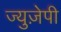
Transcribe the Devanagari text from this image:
ज्युज़ेपी